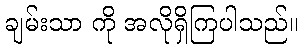
ချမ်းသာ ကို အလိုရှိကြပါသည်။